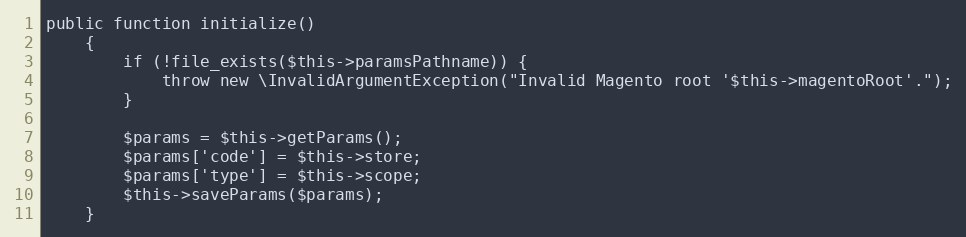
Language: PHP
public function initialize()
    {
        if (!file_exists($this->paramsPathname)) {
            throw new \InvalidArgumentException("Invalid Magento root '$this->magentoRoot'.");
        }

        $params = $this->getParams();
        $params['code'] = $this->store;
        $params['type'] = $this->scope;
        $this->saveParams($params);
    }